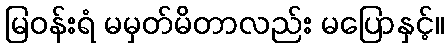
မြဝန်းရံ မမှတ်မိတာလည်း မပြောနှင့်။